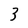
Character: 3